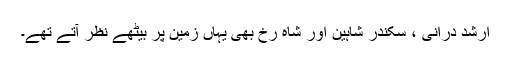
ارشد درانی ، سکندر شاہین اور شاہ رخ بھی یہاں زمین پر بیٹھے نظر آتے تھے۔